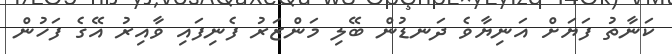
ކަނާތު ފަޔަށް އަނިޔާވެ ދަނޑުން ބޭލި މަންޒަރު ފެނިފައި ވާއިރު އޭގެ ފަހުން